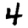
Digit: 4